Raikkula_vallavalitsus, lk 4
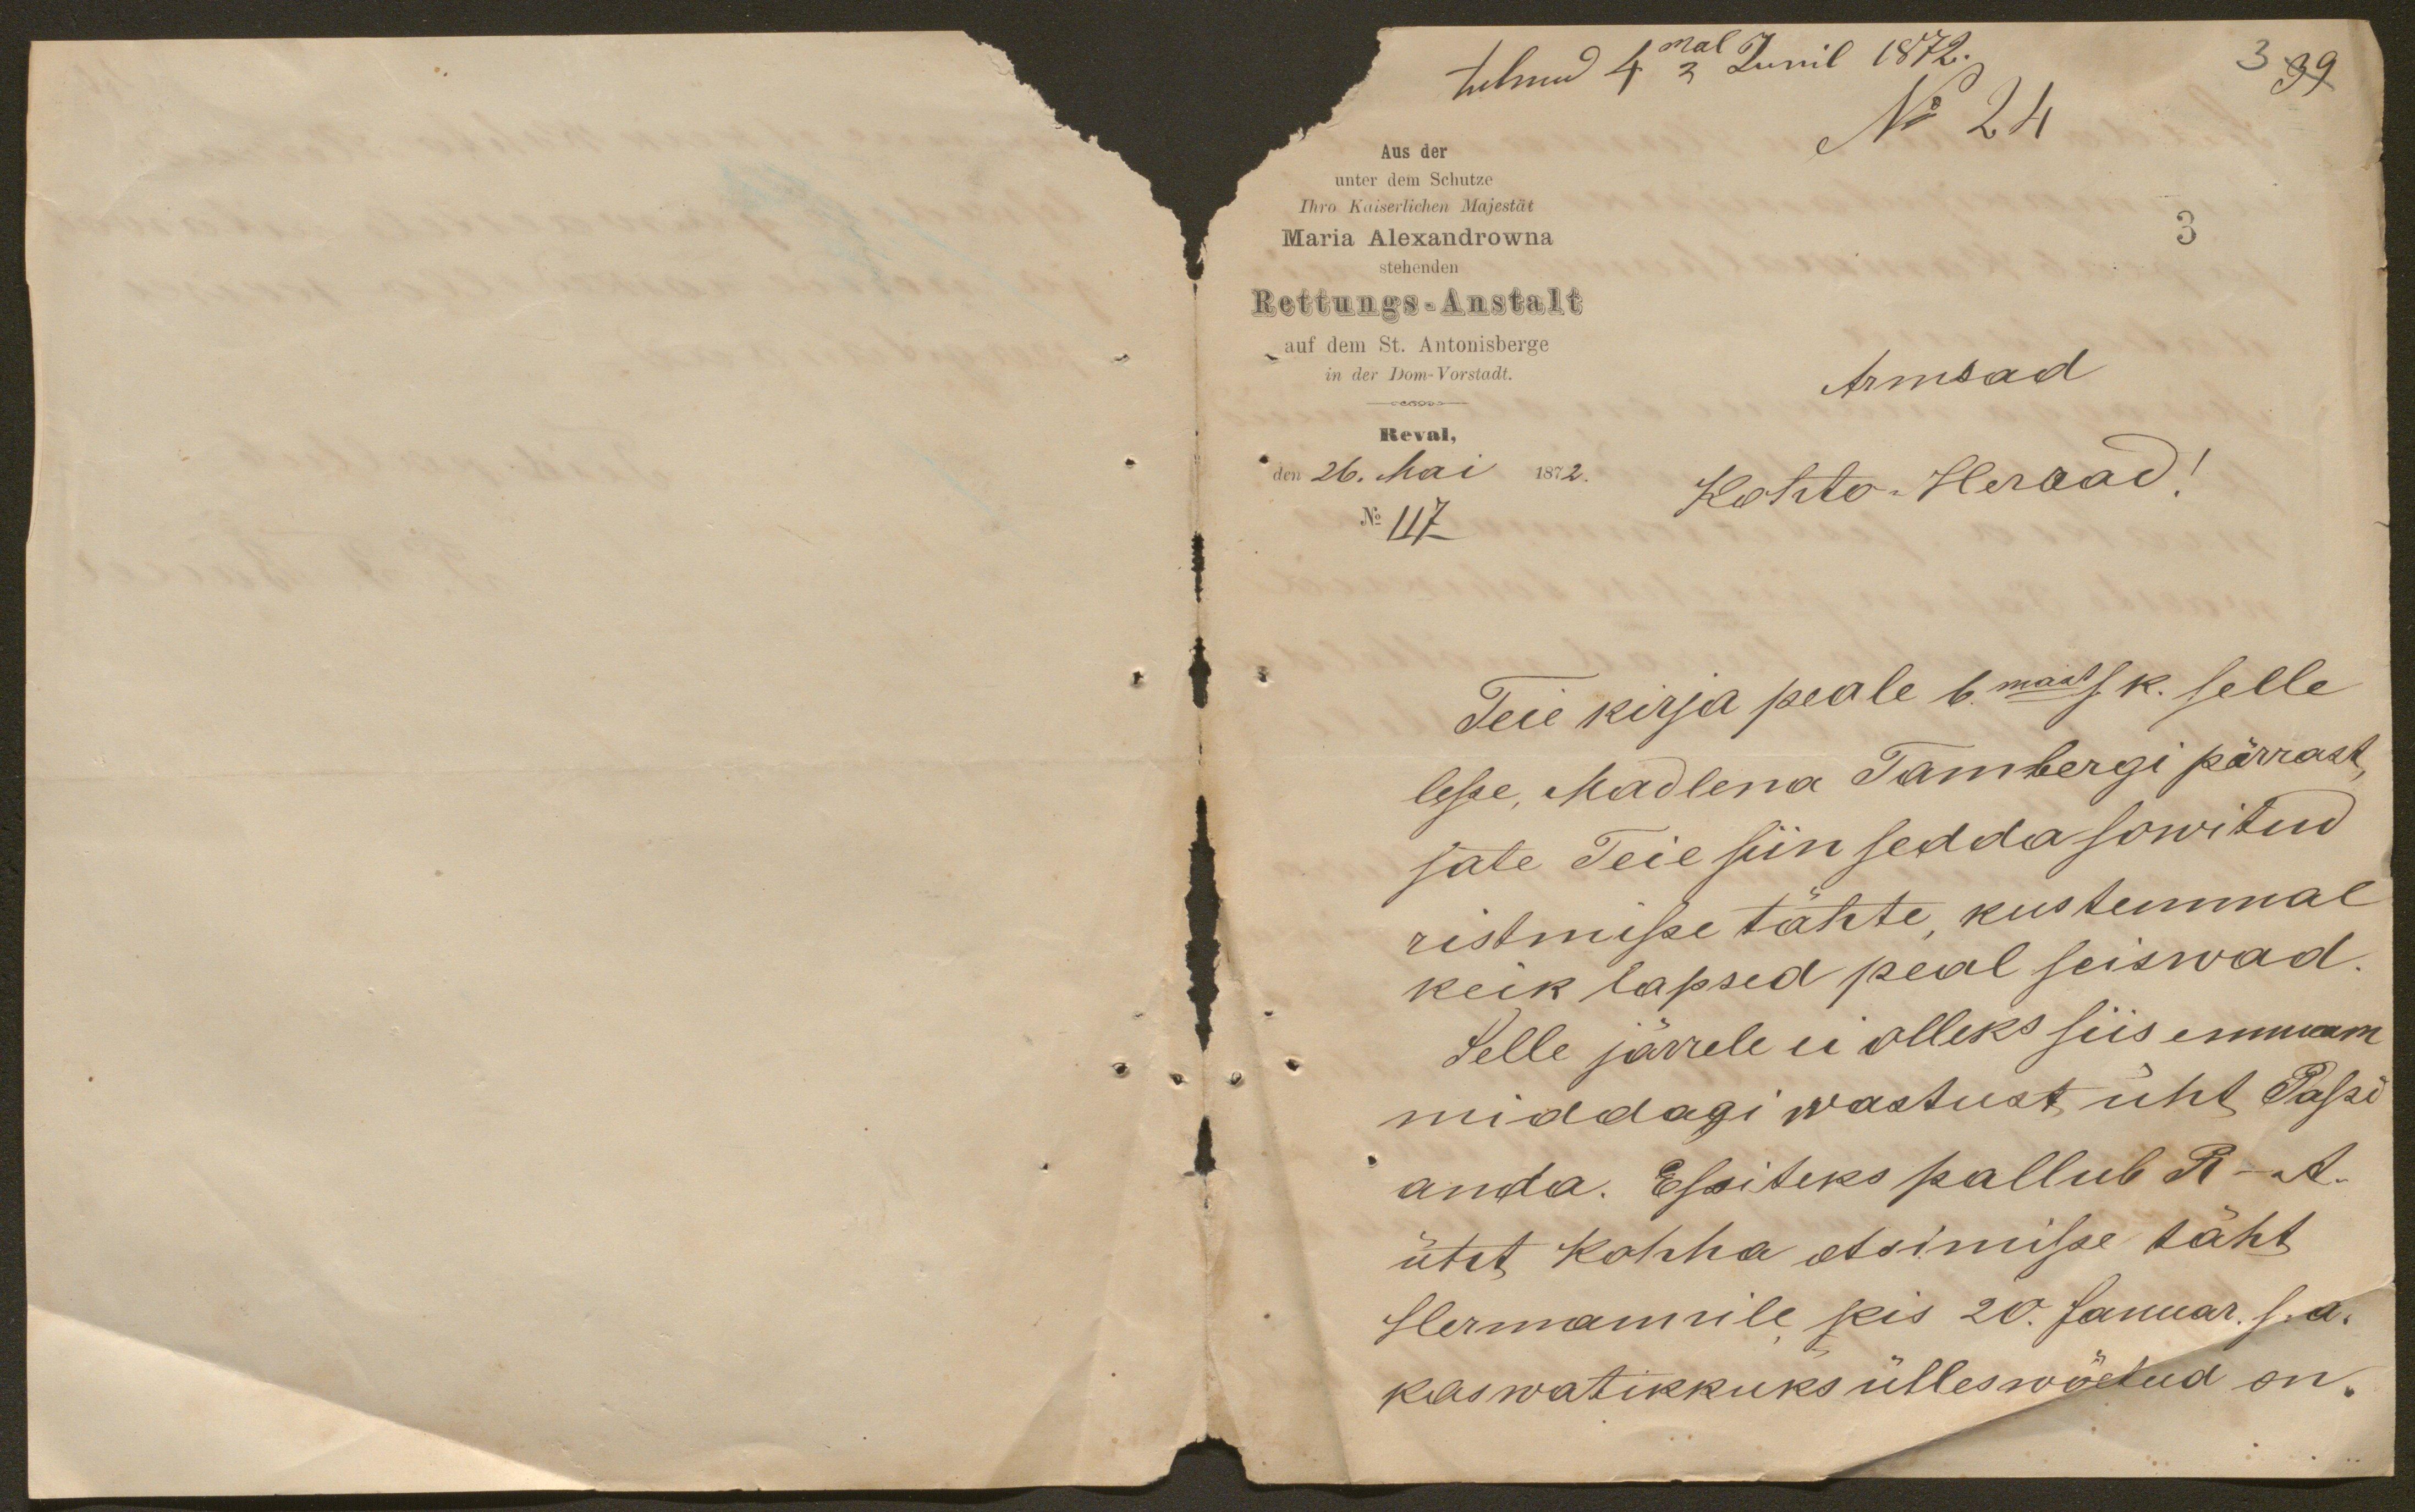
tulnud 4mal Junil 1872.
3 39
No 24
3
Aus der
unter dem Schutze
Ihro Kaiserlichen Majestät
Maria Alekandrowna
stehenden
Rettungs-Anstalt
auf dem St. Antonisberge
in der Dom-Vorstadt.
Reval,
den 26. Mai 1872.
No 117
Armsad
Kohto Herrad!
Teie kirja peale 6. mail s. k. selle
lesse, Madlena Tambergi pärrast
sate Teie siin sedda sowitud
ristmissse tähte, kustemmal
keik lapsed peal seiswad.
Selle järrele ei olleks siis ennam
middagi wastust üht Passi
anda. Essiteks pallub R-A.
üht kohha otsimisse täht
Hermannile kis 20. Januar s.a.
kaswatikkuks ülles wõetud on.